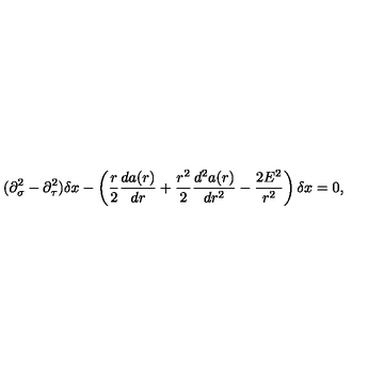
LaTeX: ( \partial _ { \sigma } ^ { 2 } - \partial _ { \tau } ^ { 2 } ) \delta x - \left( \frac { r } { 2 } \frac { d a ( r ) } { d r } + \frac { r ^ { 2 } } { 2 } \frac { d ^ { 2 } a ( r ) } { d r ^ { 2 } } - \frac { 2 E ^ { 2 } } { r ^ { 2 } } \right) \delta x = 0 ,